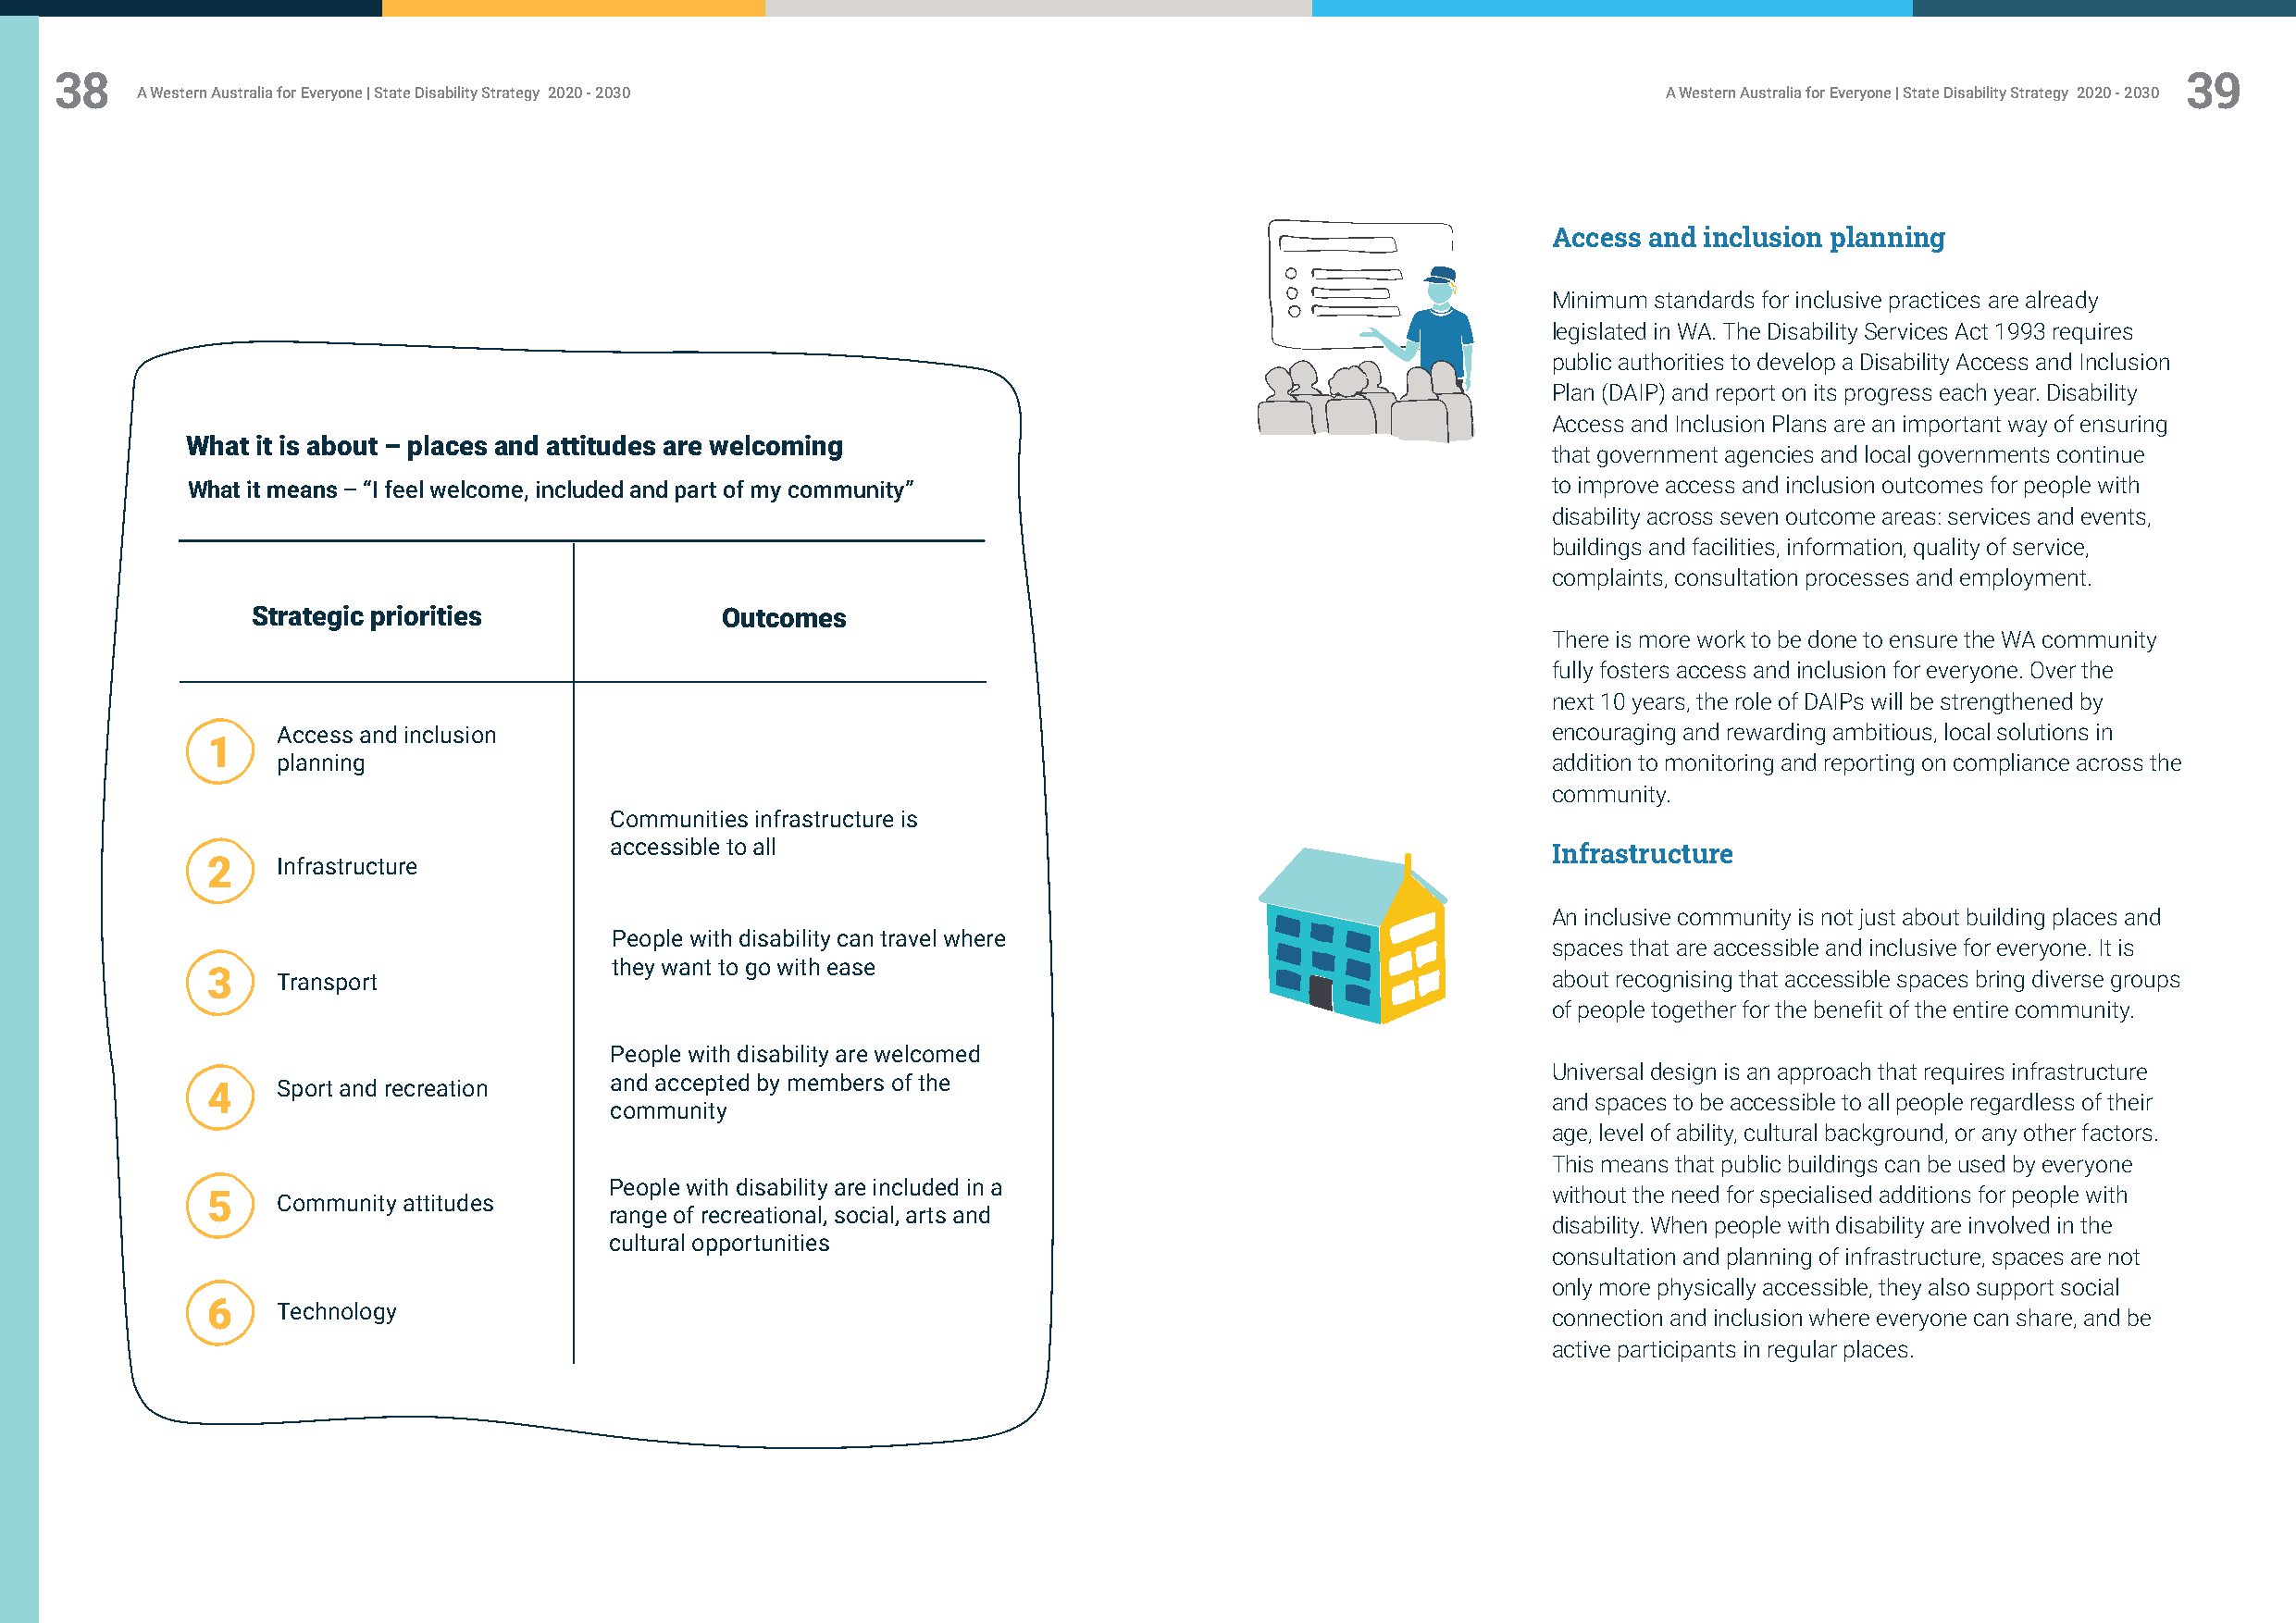
38                                                                                                                                                      39
 A Western Australia for Everyone | State Disability Strategy 2020 - 2030                                     A Western Australia for Everyone | State Disability Strategy 2020 - 2030
 Access and inclusion planning
 Minimum standards for inclusive practices are already
 legislated in WA. The Disability Services Act 1993 requires
 public authorities to develop a Disability Access and Inclusion
 Plan (DAIP) and report on its progress each year. Disability
 Access and Inclusion Plans are an important way of ensuring
 What it is about – places and attitudes are welcoming
 that government agencies and local governments continue
 What it means – “I feel welcome, included and part of my community”                               to improve access and inclusion outcomes for people with
 disability across seven outcome areas: services and events,
 buildings and facilities, information, quality of service,
 complaints, consultation processes and employment.
 Strategic priorities              Outcomes
 There is more work to be done to ensure the WA community
 fully fosters access and inclusion for everyone. Over the
 next 10 years, the role of DAIPs will be strengthened by
 Access and inclusion                                                                       encouraging and rewarding ambitious, local solutions in
 1
 planning                                                                                   addition to monitoring and reporting on compliance across the
 community.
 Communities infrastructure is
 accessible to all
 Infrastructure
 2    Infrastructure
 An inclusive community is not just about building places and
 People with disability can travel where
 spaces that are accessible and inclusive for everyone. It is
 they want to go with ease
 3    Transport                                                                                  about recognising that accessible spaces bring diverse groups
 of people together for the benefit of the entire community.
 People with disability are welcomed
 Universal design is an approach that requires infrastructure
 4    Sport and recreation    and accepted by members of the
 and spaces to be accessible to all people regardless of their
 community
 age, level of ability, cultural background, or any other factors.
 This means that public buildings can be used by everyone
 People with disability are included in a
 5    Community attitudes                                                                        without the need for specialised additions for people with
 range of recreational, social, arts and
 disability. When people with disability are involved in the
 cultural opportunities
 consultation and planning of infrastructure, spaces are not
 only more physically accessible, they also support social
 6    Technology
 connection and inclusion where everyone can share, and be
 active participants in regular places.